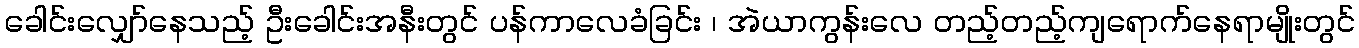
ခေါင်းလျှော်နေသည့် ဦးခေါင်းအနီးတွင် ပန်ကာလေခံခြင်း ၊ အဲယာကွန်းလေ တည့်တည့်ကျရောက်နေရာမျိုးတွင်